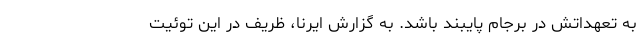
به تعهداتش در برجام پایبند باشد. به گزارش ایرنا، ظریف در این توئیت